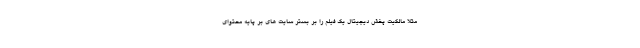
مثلا مالکیت پخش دیجیتال یک فیلم را بر بستر سایت های بر پایه محتوای